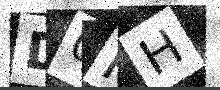
Text: D0PH